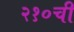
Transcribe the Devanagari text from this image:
२१०ची